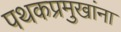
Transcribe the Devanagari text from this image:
पथकप्रमुखांना